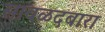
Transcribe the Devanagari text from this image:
सावळदबारा